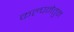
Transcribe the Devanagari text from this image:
कल्पनेतुन